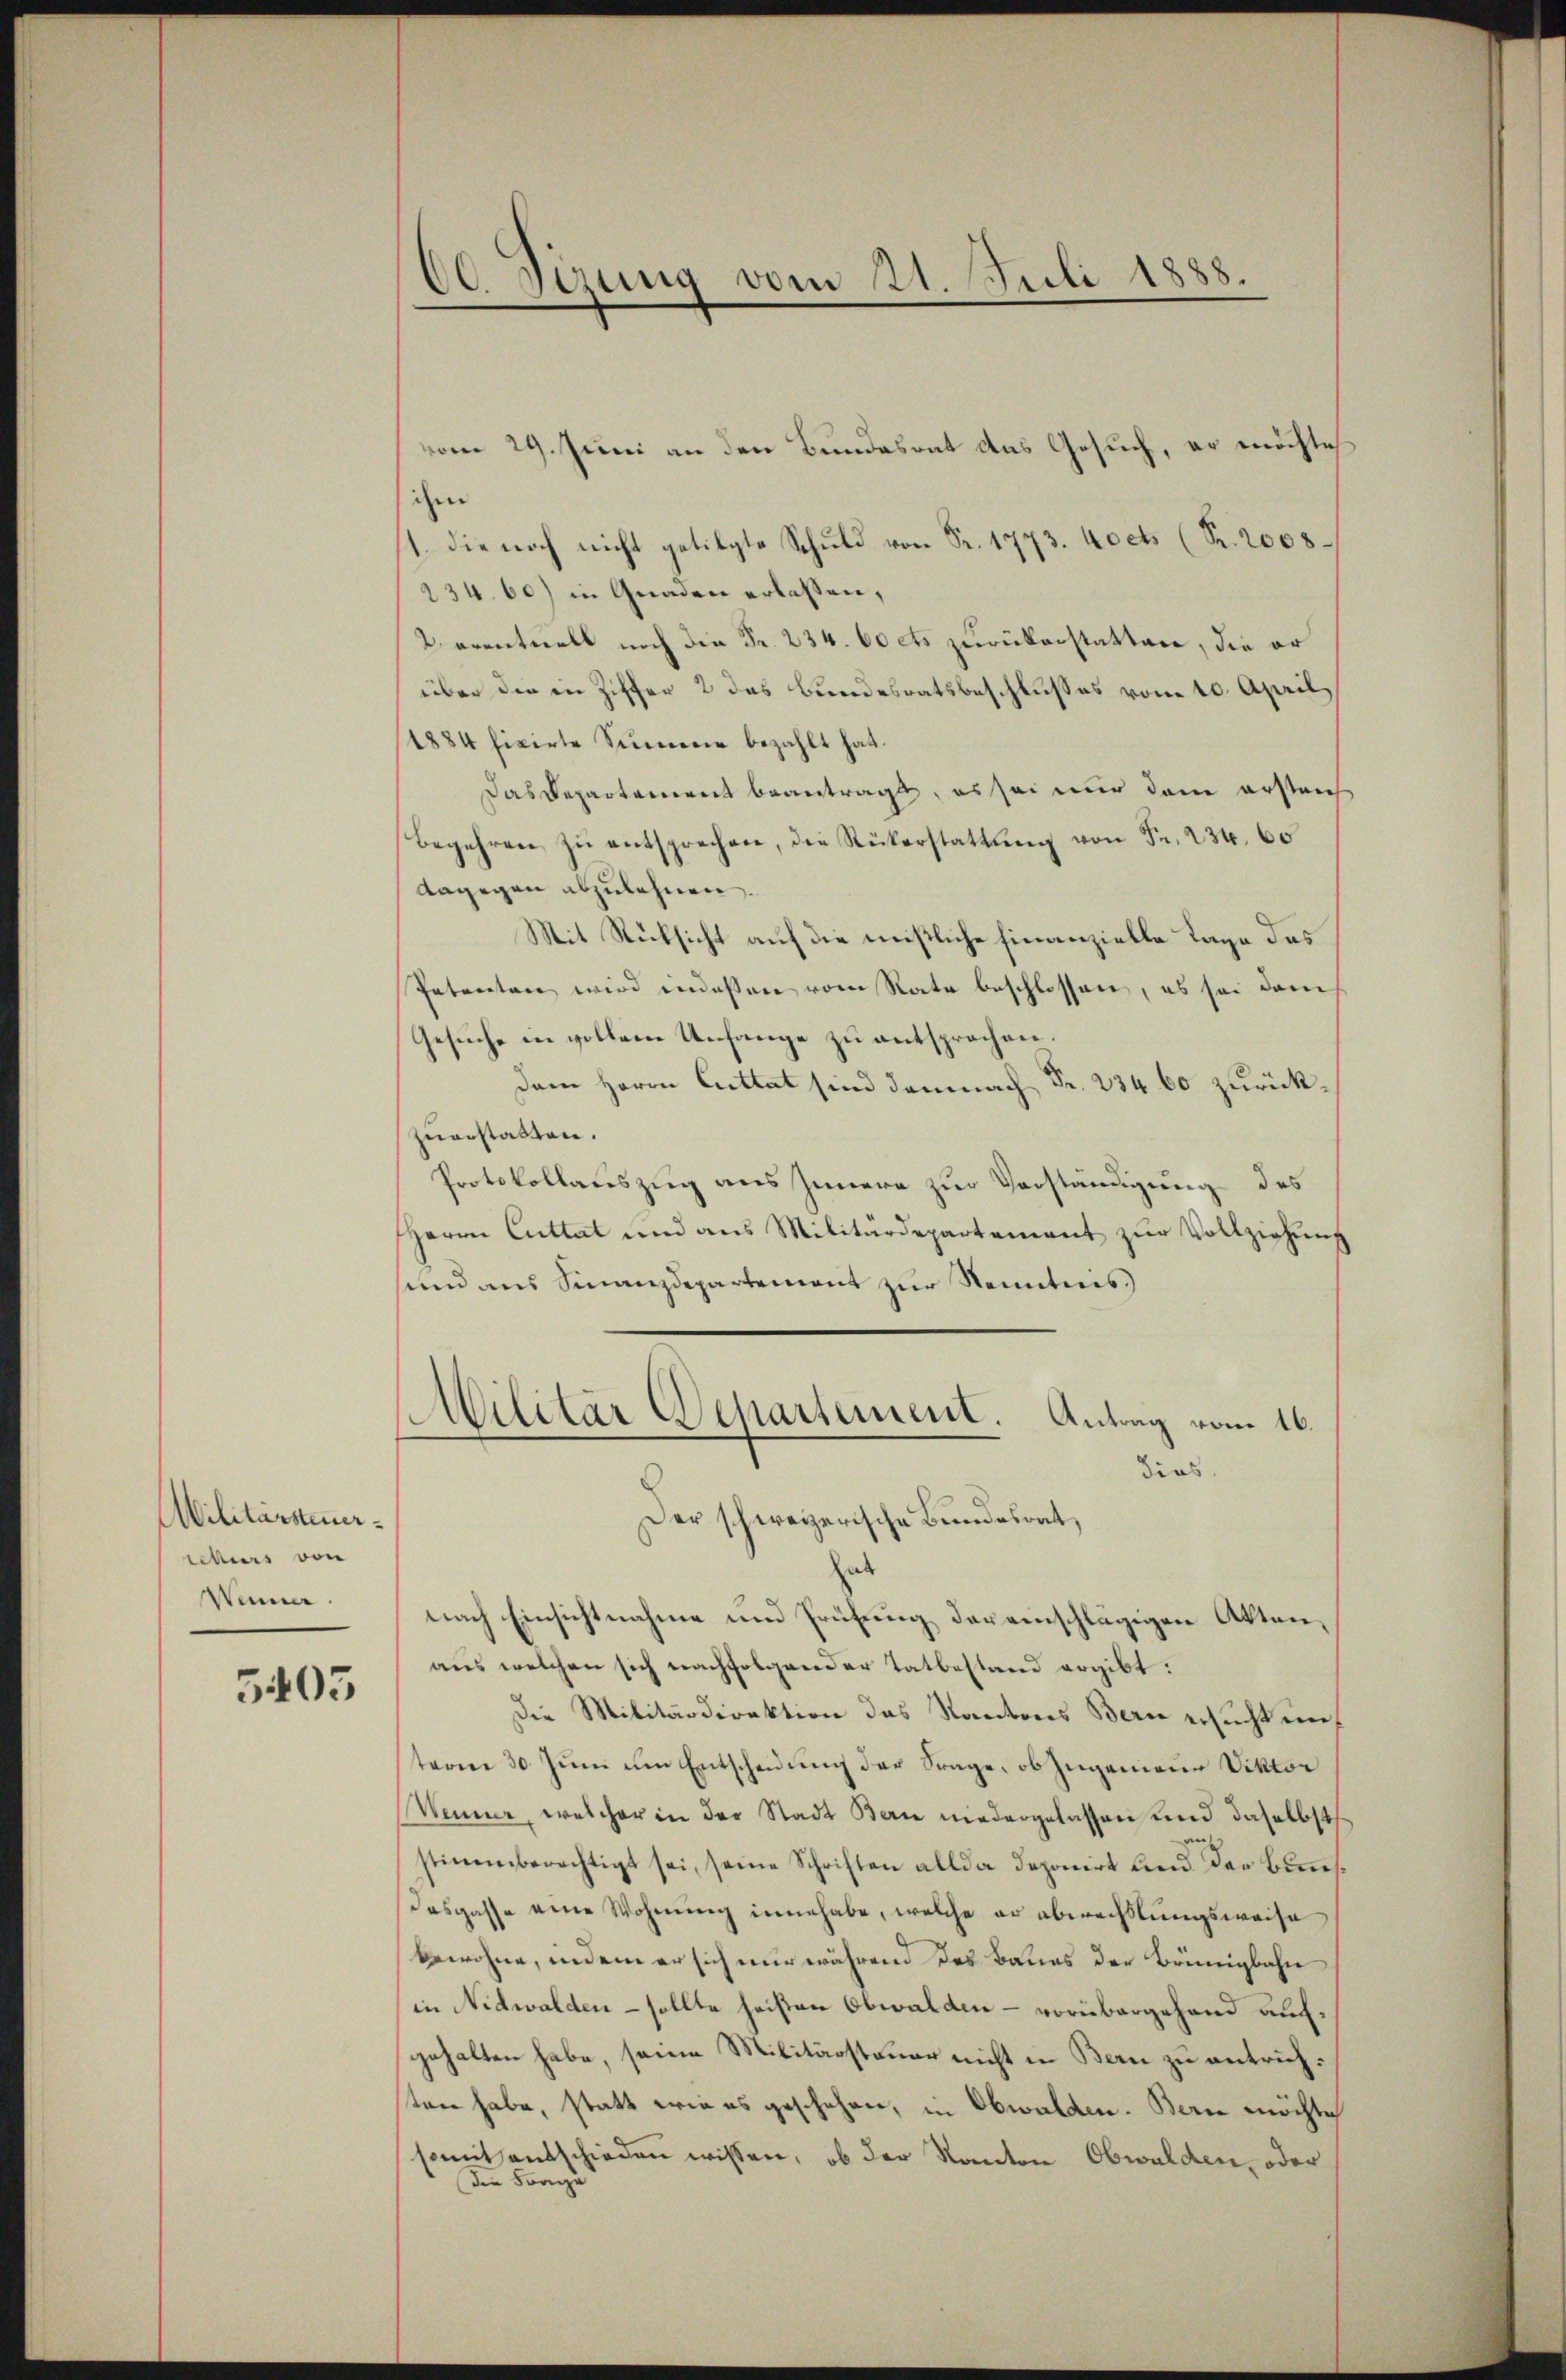
Militärsteuerichers von
Wenner.

5405

vom 29. Juni an den Bundesont das Gesuch, er möchte
ihm
1. die noch nicht getilgte Schuld von Fr. 1773. Adets (Fr. 2008
234. 60) in Gnaden erlassen,
2 eventuell noch die Fr. 234. 60 cts zurückerstatten, die er
über die in Ziffer 2 das Bundesratsbeschlusses vom 10. April,
1884 fixirte Summe bezahlt hat.
Das Departement beantragt, es sei nur dem ersteich
Begehren zŭ entsprechen, die Rükerstattung von Fr. 234. 60
dagegen abzulehnen.
Mit Rücksicht auf die mißliche Finanzielle Tage das
Patenten wird indessen vom Rate beschlossen, es sei dem
Gesuche in vollem Unfange zu entsprochen.
Dem Herrn Cuttat sind demnach Fr. 234 60 zurückzuerstatten.
Protokollauszug aus Innern zur Verständigung des
HHerrn Cuttat und ans Militärdepartement zŭr Vollziehŭng
sund aus Finanzdepartement zur Kenntnis
Militär Departement. Antrag vom 16.
dios.
Der schweizerische Bundesrat,

60 Sizung vom 21. Juli 1888.

hab
nach Einsichtnahme und Prüfung der einschlägigen Aktenaŭs welchen sich nachfolgender Tatbestand ergibt:
Die Militärdirektion das Kantons Bern ersucht unterm 30. Juni um Entscheidung der Frage, ob zugenieur Viktor
Nemme, welcher in der Stadt Bau niedergelassen und daselbst
stimmberechtigt sei, seine Schriften allda deponirt und der Bundasgasse eine Wohnŭng inne habe, welche er abwechslungsweise
bewohne, indem er sich nur während das Baues der Brünigbahn
in Nidwalden - sollte heißen Obwalden – vorübergehend aufgehalten habe, seine Militärsteuer nicht in Bern zu entrichten habe, statt wie es geschehen, in Obwalden. Bern möchte
somit entschieden wissen, ob der Kanton Obwalden, oder
Die Frage